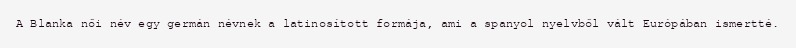
A Blanka női név egy germán névnek a latinosított formája, ami a spanyol nyelvből vált Európában ismertté.